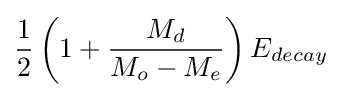
{\frac {1}{2}}\left(1+{\frac {M_{d}}{M_{o}-M_{e}}}\right)E_{decay}